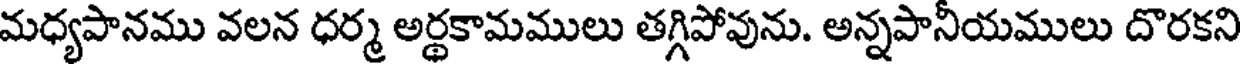
మధ్యపానము వలన ధర్మ అర్థకామములు తగ్గిపోవును. అన్నపానీయములు దొరకని